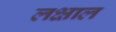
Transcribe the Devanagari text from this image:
लक्षाल